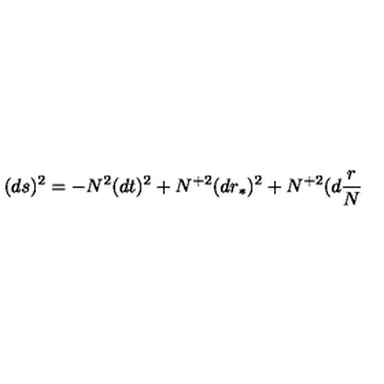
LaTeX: ( d s ) ^ { 2 } = - N ^ { 2 } ( d t ) ^ { 2 } + N ^ { + 2 } ( d r _ { \ast } ) ^ { 2 } + N ^ { + 2 } ( d \frac { r } { N }